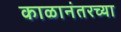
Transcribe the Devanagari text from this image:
काळानंतरच्या